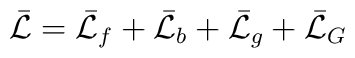
\bar{\cal L} = \bar{\cal L}_f + \bar{\cal L}_b + \bar{\cal L}_g+ \bar{\cal L}_G